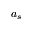
a _ { s }